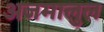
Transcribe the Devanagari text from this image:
अजमालुल